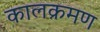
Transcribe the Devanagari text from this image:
कालक्रमण